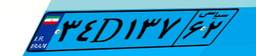
۳۴D۱۳۷۶۲